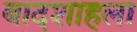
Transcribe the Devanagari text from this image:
बादशाहला